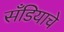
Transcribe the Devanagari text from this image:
सँडियाचे